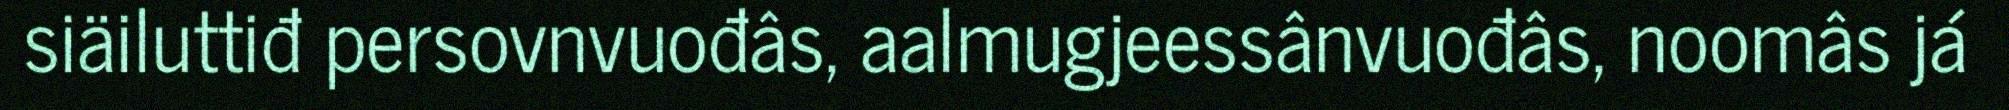
siäiluttiđ persovnvuođâs, aalmugjeessânvuođâs, noomâs já